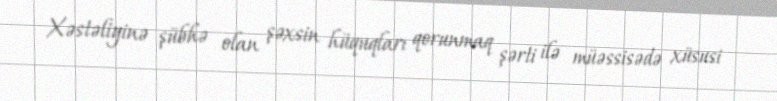
Xəstəliyinə şübhə olan şəxsin hüquqları qorunmaq şərti ilə müəssisədə xüsusi